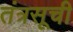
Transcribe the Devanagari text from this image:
तंत्रसूची